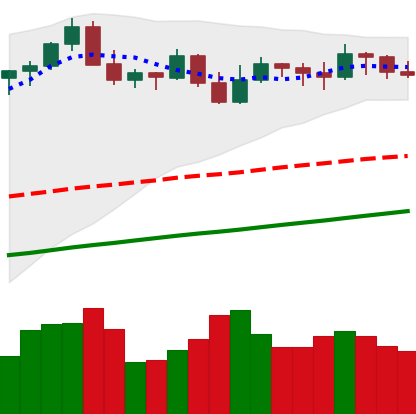
Ticker: BTC-USD
Chart end date: 2021-11-05
Forward return: 6.331%
Label: up_5_7